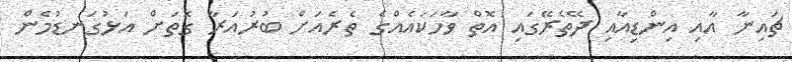
ޗައިނާ އާއި އިންޑިއާއި ދޭތެރޭގައި އޮތް ވާހަކައެއްގެ ތެރެއަށް ބުރުއަރާ ގޮތަށް އަޅުގަނޑުމެން